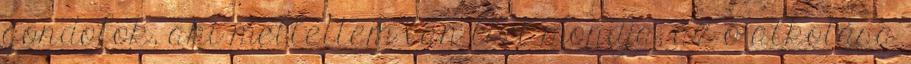
gondolok, aki mellettem van Azt mondja, az ő alkotása